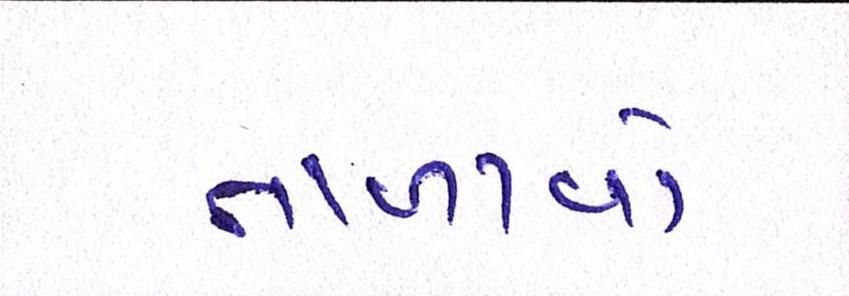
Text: તાળાવો